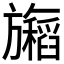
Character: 𬀢